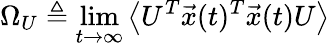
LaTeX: \Omega_{U}\triangleq\operatorname*{lim}_{t\rightarrow\infty}\left\langle U^{T}\vec{x}(t)^{T}\vec{x}(t)U\right\rangle